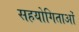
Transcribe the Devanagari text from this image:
सहयोगिताओं